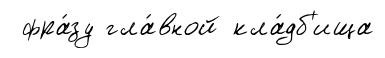
фра́зу гла́вной кла́дб'ища